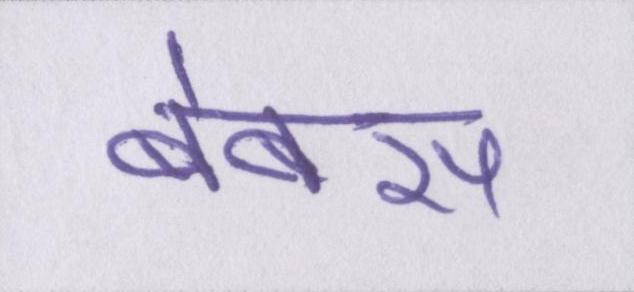
बेबस